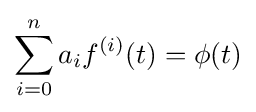
\sum _{i=0}^{n}a_{i}f^{(i)}(t)=\phi (t)